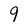
Character: 9